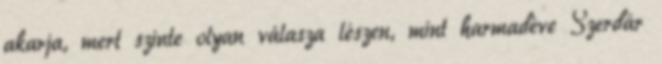
akarja, mert szinte olyan válasza lészen, mint harmadéve Szerdár